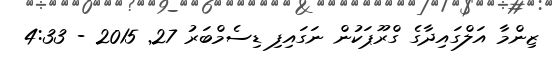
ޒިންމާ އަލްގައިދާގެ ގްރޫޕަކުން ނަގައިފި ޑިސެމްބަރު 27